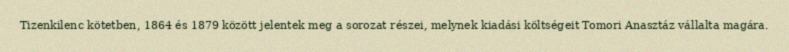
Tizenkilenc kötetben, 1864 és 1879 között jelentek meg a sorozat részei, melynek kiadási költségeit Tomori Anasztáz vállalta magára.